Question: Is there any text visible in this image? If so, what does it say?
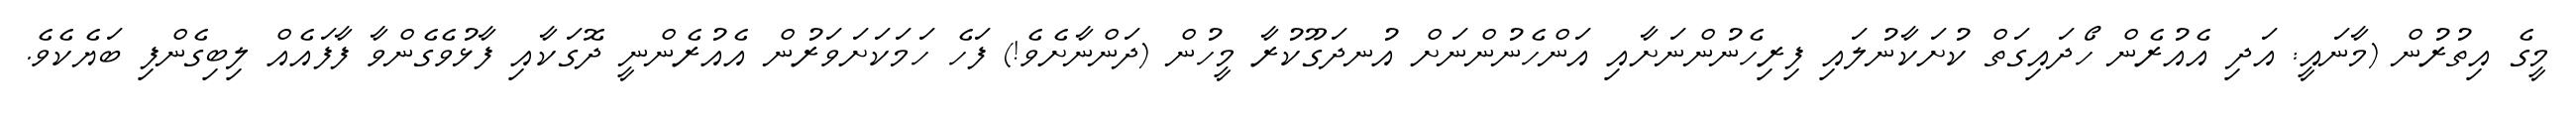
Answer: މީގެ އިތުރުން (މާނައީ: އަދި އެއުރެން ހޯދައިގަތް ކުށަކާނުލައި ފިރިހެނުންނަށާއި އަންހެނުންނަށް އުނދަގޫކުރާ މީހުން (ދަންނާށެވެ!) ފަހެ ހަމަކަށަވަރުން އެއުރެންނީ ދޮގަކާއި ފާޅުވެގެންވާ ފާފައެއް ލިބިގެންފި ބަޔެކެވެ.